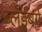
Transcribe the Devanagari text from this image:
ब्लेईबर्ग